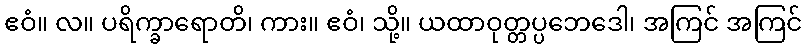
ဧဝံ။ လ။ ပရိက္ခာရောတိ၊ ကား။ ဧဝံ၊ သို့။ ယထာဝုတ္တပ္ပဘေဒေါ၊ အကြင် အကြင်